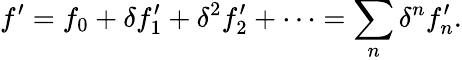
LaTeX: f^{\prime}=f_{0}+\delta f_{1}^{\prime}+\delta^{2}f_{2}^{\prime}+\cdots=\sum_{n}\delta^{n}f_{n}^{\prime}.